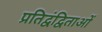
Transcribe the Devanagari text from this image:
प्रतिद्वंद्विताओं